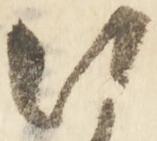
沙